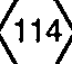
(114)